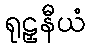
ရုဠှနီယံ